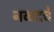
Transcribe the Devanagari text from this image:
नव्वदचे